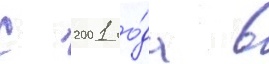
С 2001 го́да в